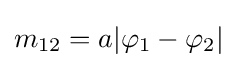
m_{12}=a|\varphi _{1}-\varphi _{2}|